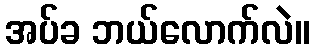
အပ်ခ ဘယ်လောက်လဲ။